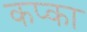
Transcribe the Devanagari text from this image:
कप्का